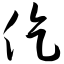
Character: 仡